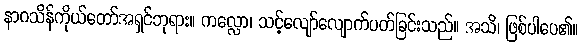
နာဂသိန်ကိုယ်တော်အရှင်ဘုရား။ ကလ္လော၊ သင့်လျော်လျောက်ပတ်ခြင်းသည်။ အသိ၊ ဖြစ်ပါပေ၏။